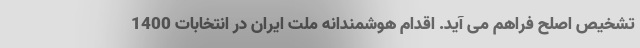
تشخیص اصلح فراهم می آید. اقدام هوشمندانه ملت ایران در انتخابات 1400